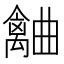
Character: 𣍗